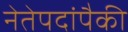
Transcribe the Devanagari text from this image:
नेतेपदांपैकी